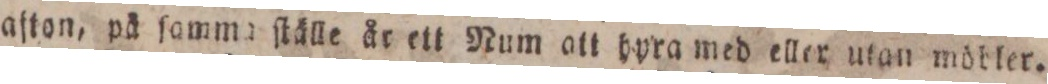
afton, på ſamma ſtälle år ett Num att hyra med eller utan mödler.